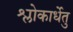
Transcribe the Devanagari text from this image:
श्लोकार्धेतु